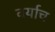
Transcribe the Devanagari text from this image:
वर्याच